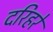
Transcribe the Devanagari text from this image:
दरिहरे